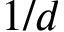
1 / d